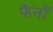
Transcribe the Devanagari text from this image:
फेनों